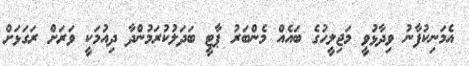
އެމަނިކުފާނު ވިދާޅުވީ މަޖިލީހުގެ ބައެއް މެންބަރު ޕާޓީ ބަދަލުކުރަމުންދާ ދިއުމަކީ ވަރަށް ރަގަޅަށް